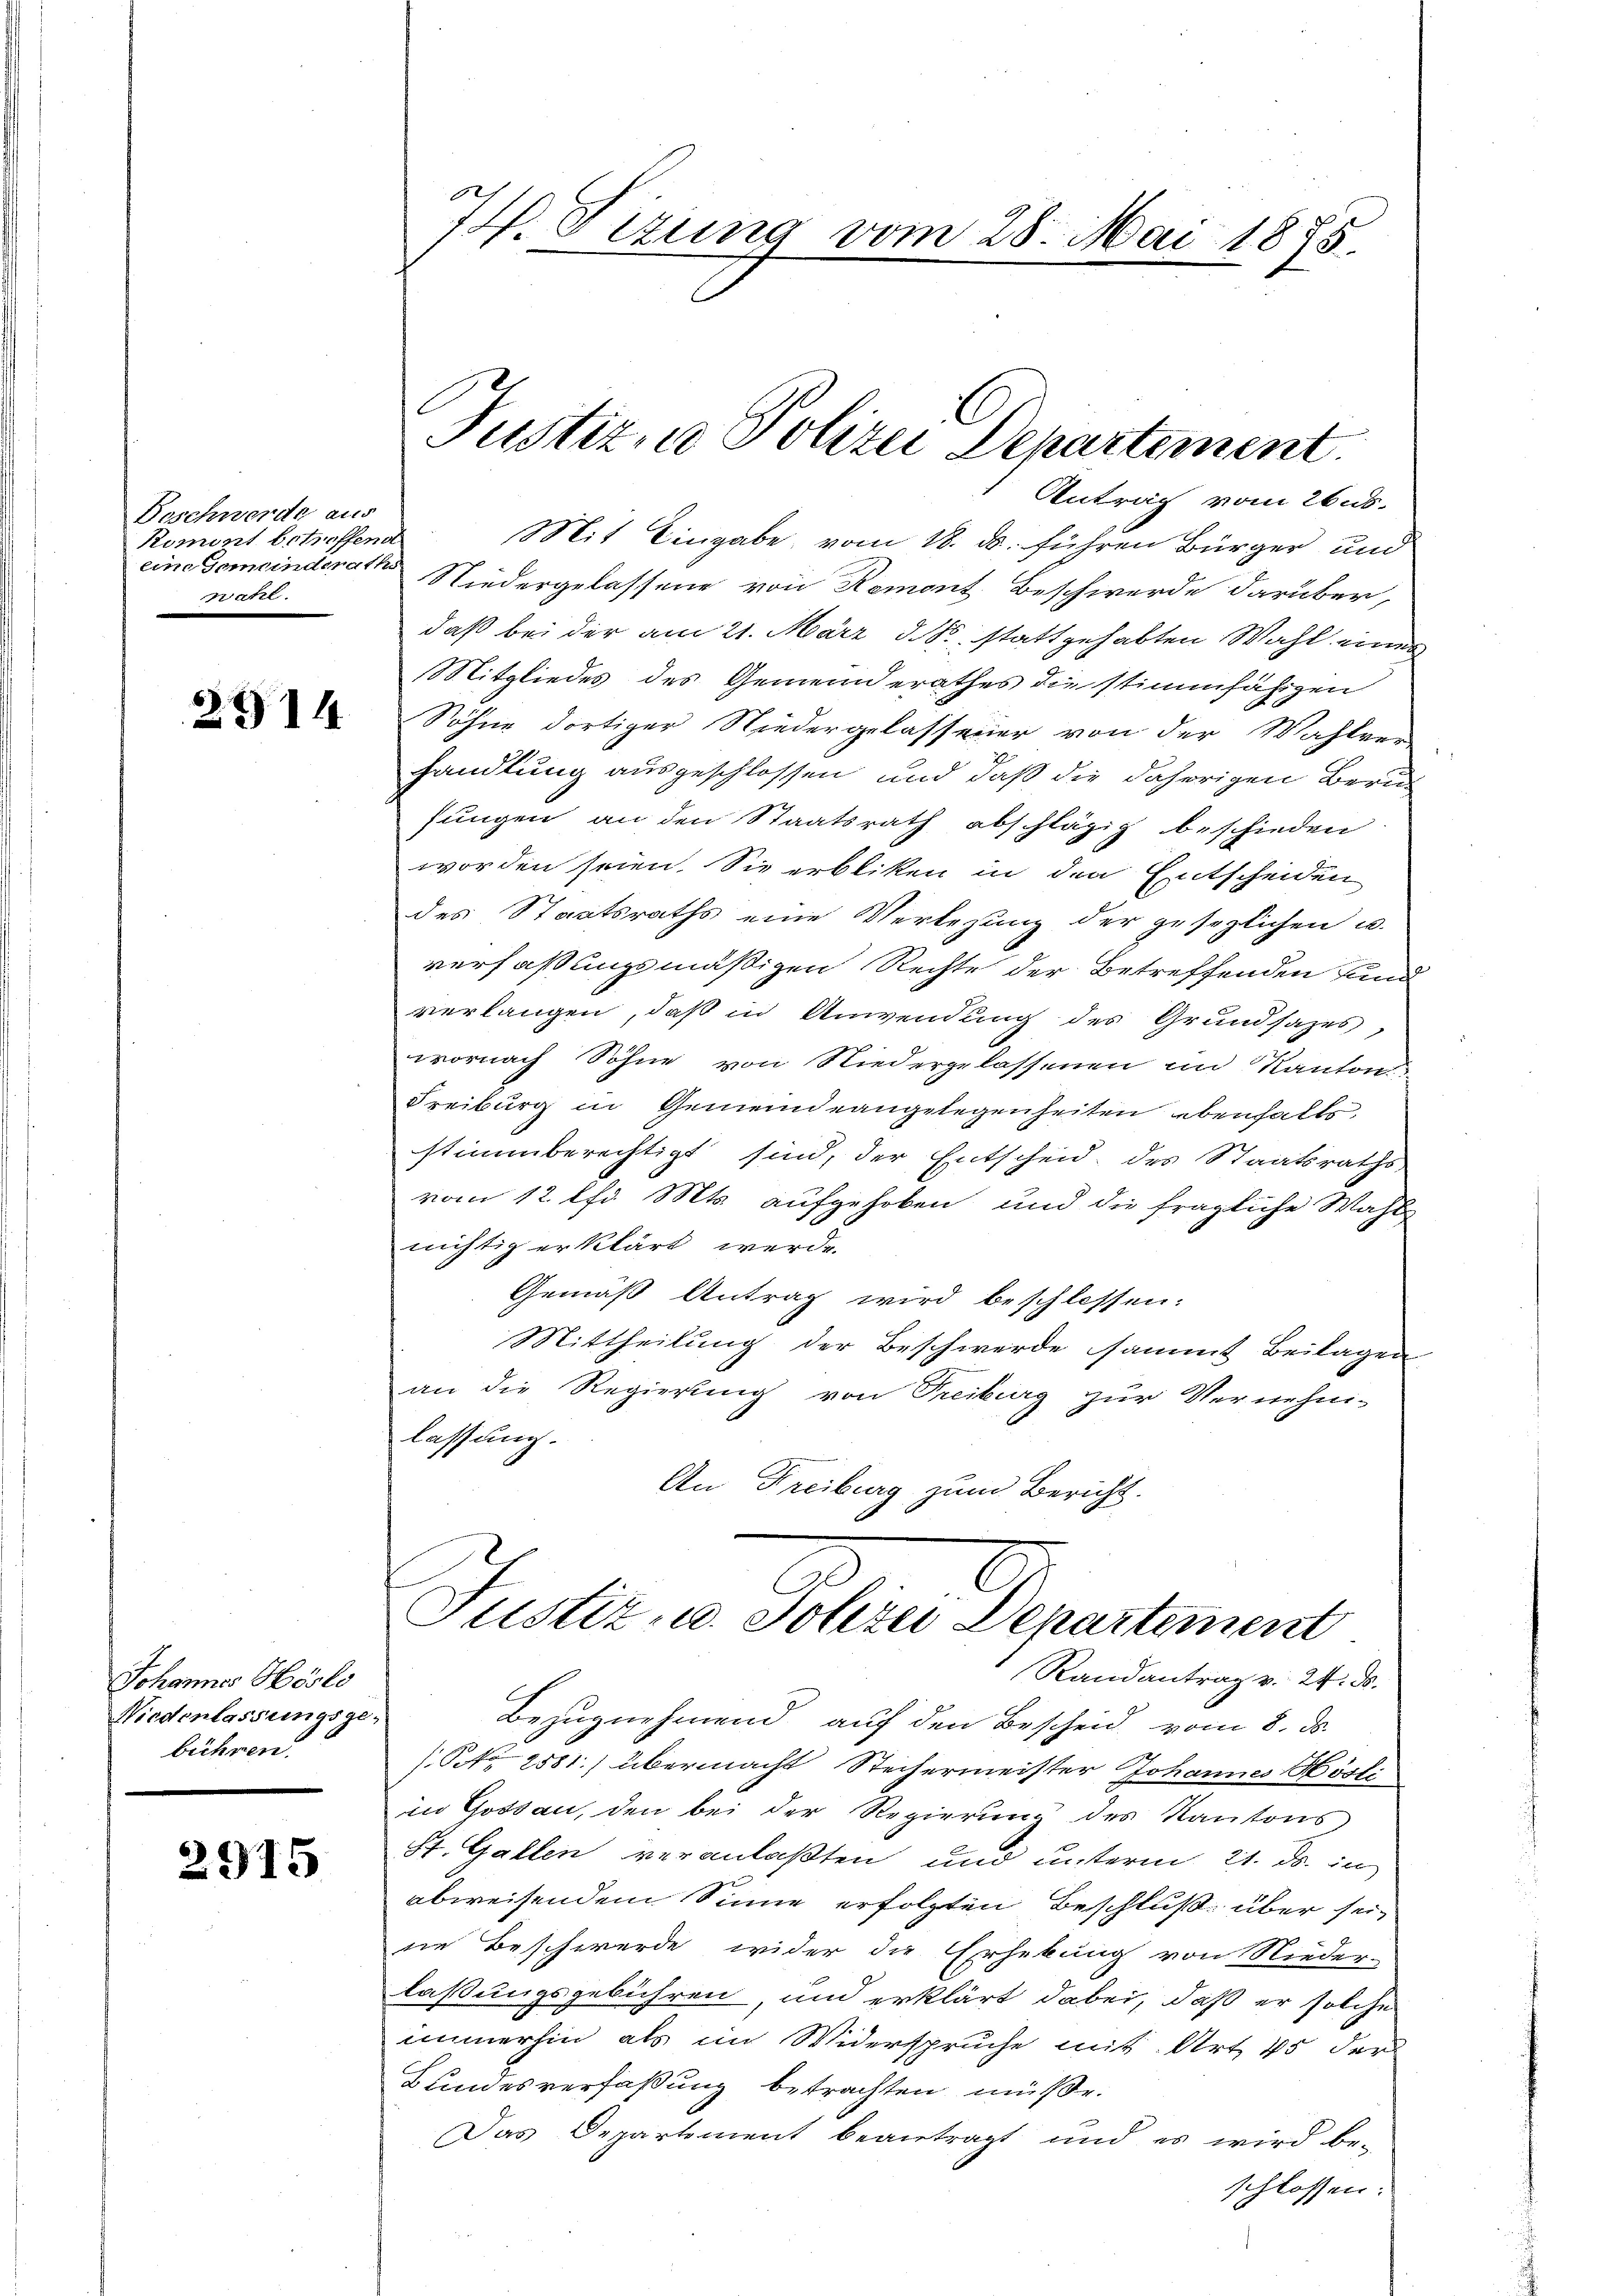
Beschwerde aus
Roment betreffend
eine Gemeinderaths
wahl.

2914

Johannes Höslo
Niedenlassungsge-
bühren.

2915

.
14. Tizung vom 28. Mai 1875.

2
Justiz, Polizei Departement
Antrag vom 26.8.

Mit Eingabe, vom 18. ds. führen Bürger und
Niedergelassene von Romont Beschwerde darüber,
daß bei der am 21. März d. S., stattgehabten Wahl eines
Mitgliedes des Gemeinderathes die stimmfähigen
Söhne dortiger Niedergelassener von der Wahlver-
handlung ausgeschlossen und daß die daherigen Berusungen an den Staatsrath abschlägig beschieden
worden seien. Sie erbliken in den Entscheiden
des Staatsraths eine Verlegung der gesezlichen u.
verfaßungsmäßigen Rechte der Betreffenden und
verlangen, daß in Anwendung des Grundsazes,
wornach Söhne von Niedergelassenen im Kanton
Freiburg in Gemeindeangelegenheiten ebenfalls
stimmberechtigt sind, der Entscheid des Staatsraths,
vom 12. lfd. Mts. aufgehoben und die fragliche Wahl
nichtig erklärt werde.
Gemäß Antrag wird beschlossen:
Mittheilung der Beschwerde sammt Beilagen
an die Regierung von Treiburg zur Vernehmi-
lassung.
An Freiburg zum Bericht.

Justiz- u. Jolizei Departement
Randantrag v. 24. ds.
Bezugnehmend auf den Bescheid vom 8. ds.
/Pr. 2581.) übermacht Stechermeister Johannes Hösli
in Gossau, den bei der Regierung des Kantons
St. Gallen veranlaßten und unterm 21. ds. in
abweisendem Sinne erfolgten Beschluß über seine Beschwerde wider die Erhebung von Nieder-
laßungsgebühren und erklärt dabei, daß er solche
immerhin als im Widerspruche mit Art 15 der
Bundesverfaßung betrachten müße.
Das Departement beantragt und es wird be-
schlossen: